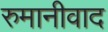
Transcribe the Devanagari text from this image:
रुमानीवाद